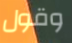
وقول